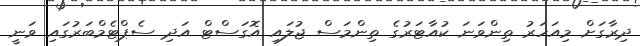
ދިރާގަށް މިއަހަރު ތިންވަނަ ކުއާޓަރުގެ ތިންމަސް ޖުލައި އޮގަސްޓް އަދި ސެޕްޓެމްބަރުގައި ވަނީ